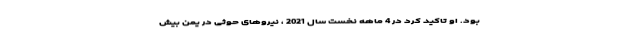
بود. او تاکید کرد در 4 ماهه نخست سال 2021 ، نیروهای حوثی در یمن بیش